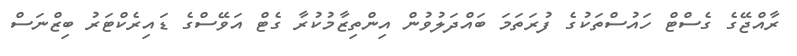
ރާއްޖޭގެ ގެސްޓް ހައުސްތަކުގެ ފުރަތަމަ ބައްދަލުވުން އިންތިޒާމުކުރާ ގެޓް އަވޭސްގެ ޑައިރެކްޓަރު ބިޒްނަސް